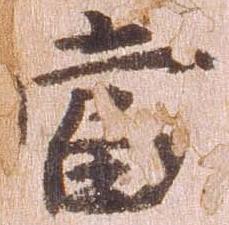
当